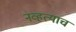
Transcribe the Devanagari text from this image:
नव्हत्याच